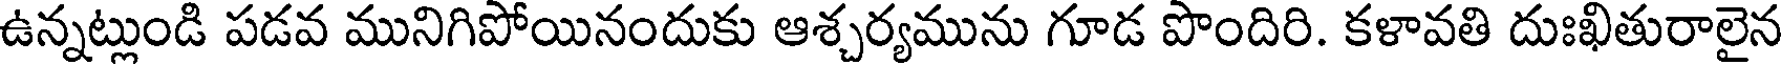
ఉన్నట్లుండి పడవ మునిగిపోయినందుకు ఆశ్చర్యమును గూడ పొందిరి. కళావతి దుఃఖితురాలైన